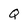
Character: Q